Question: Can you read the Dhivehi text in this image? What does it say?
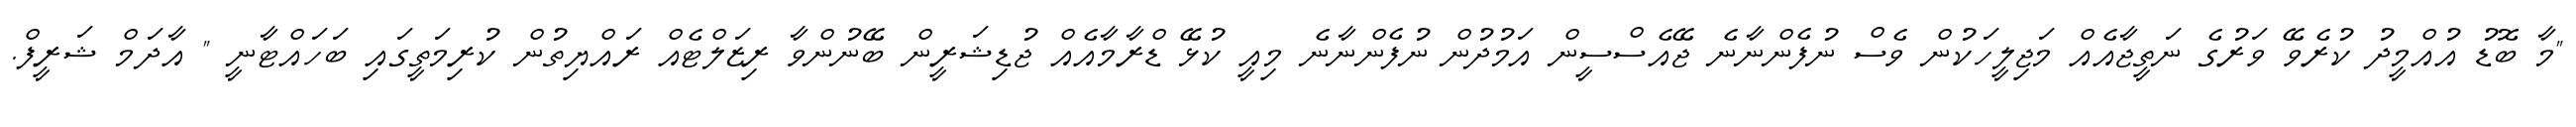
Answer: "މާ ބޮޑު އުއްމީދު ކުރެވޭ ވަރުގެ ނަތީޖާއެއް މަޖިލީހަކުން ވެސް ނުފެންނާނެ ޖޭއެސްސީން އަމުދުން ނުފެންނާނެ މިއީ ކުޅޭ ޑްރާމާއެއް ޖުޑިޝަރީން ބޭނުންވާ ރިޒަލްޓެއް ރައްޔިތުން ކުރިމަތީގައި ބަހައްޓާނީ " އާދަމް ޝަރީފް.